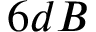
6 d B